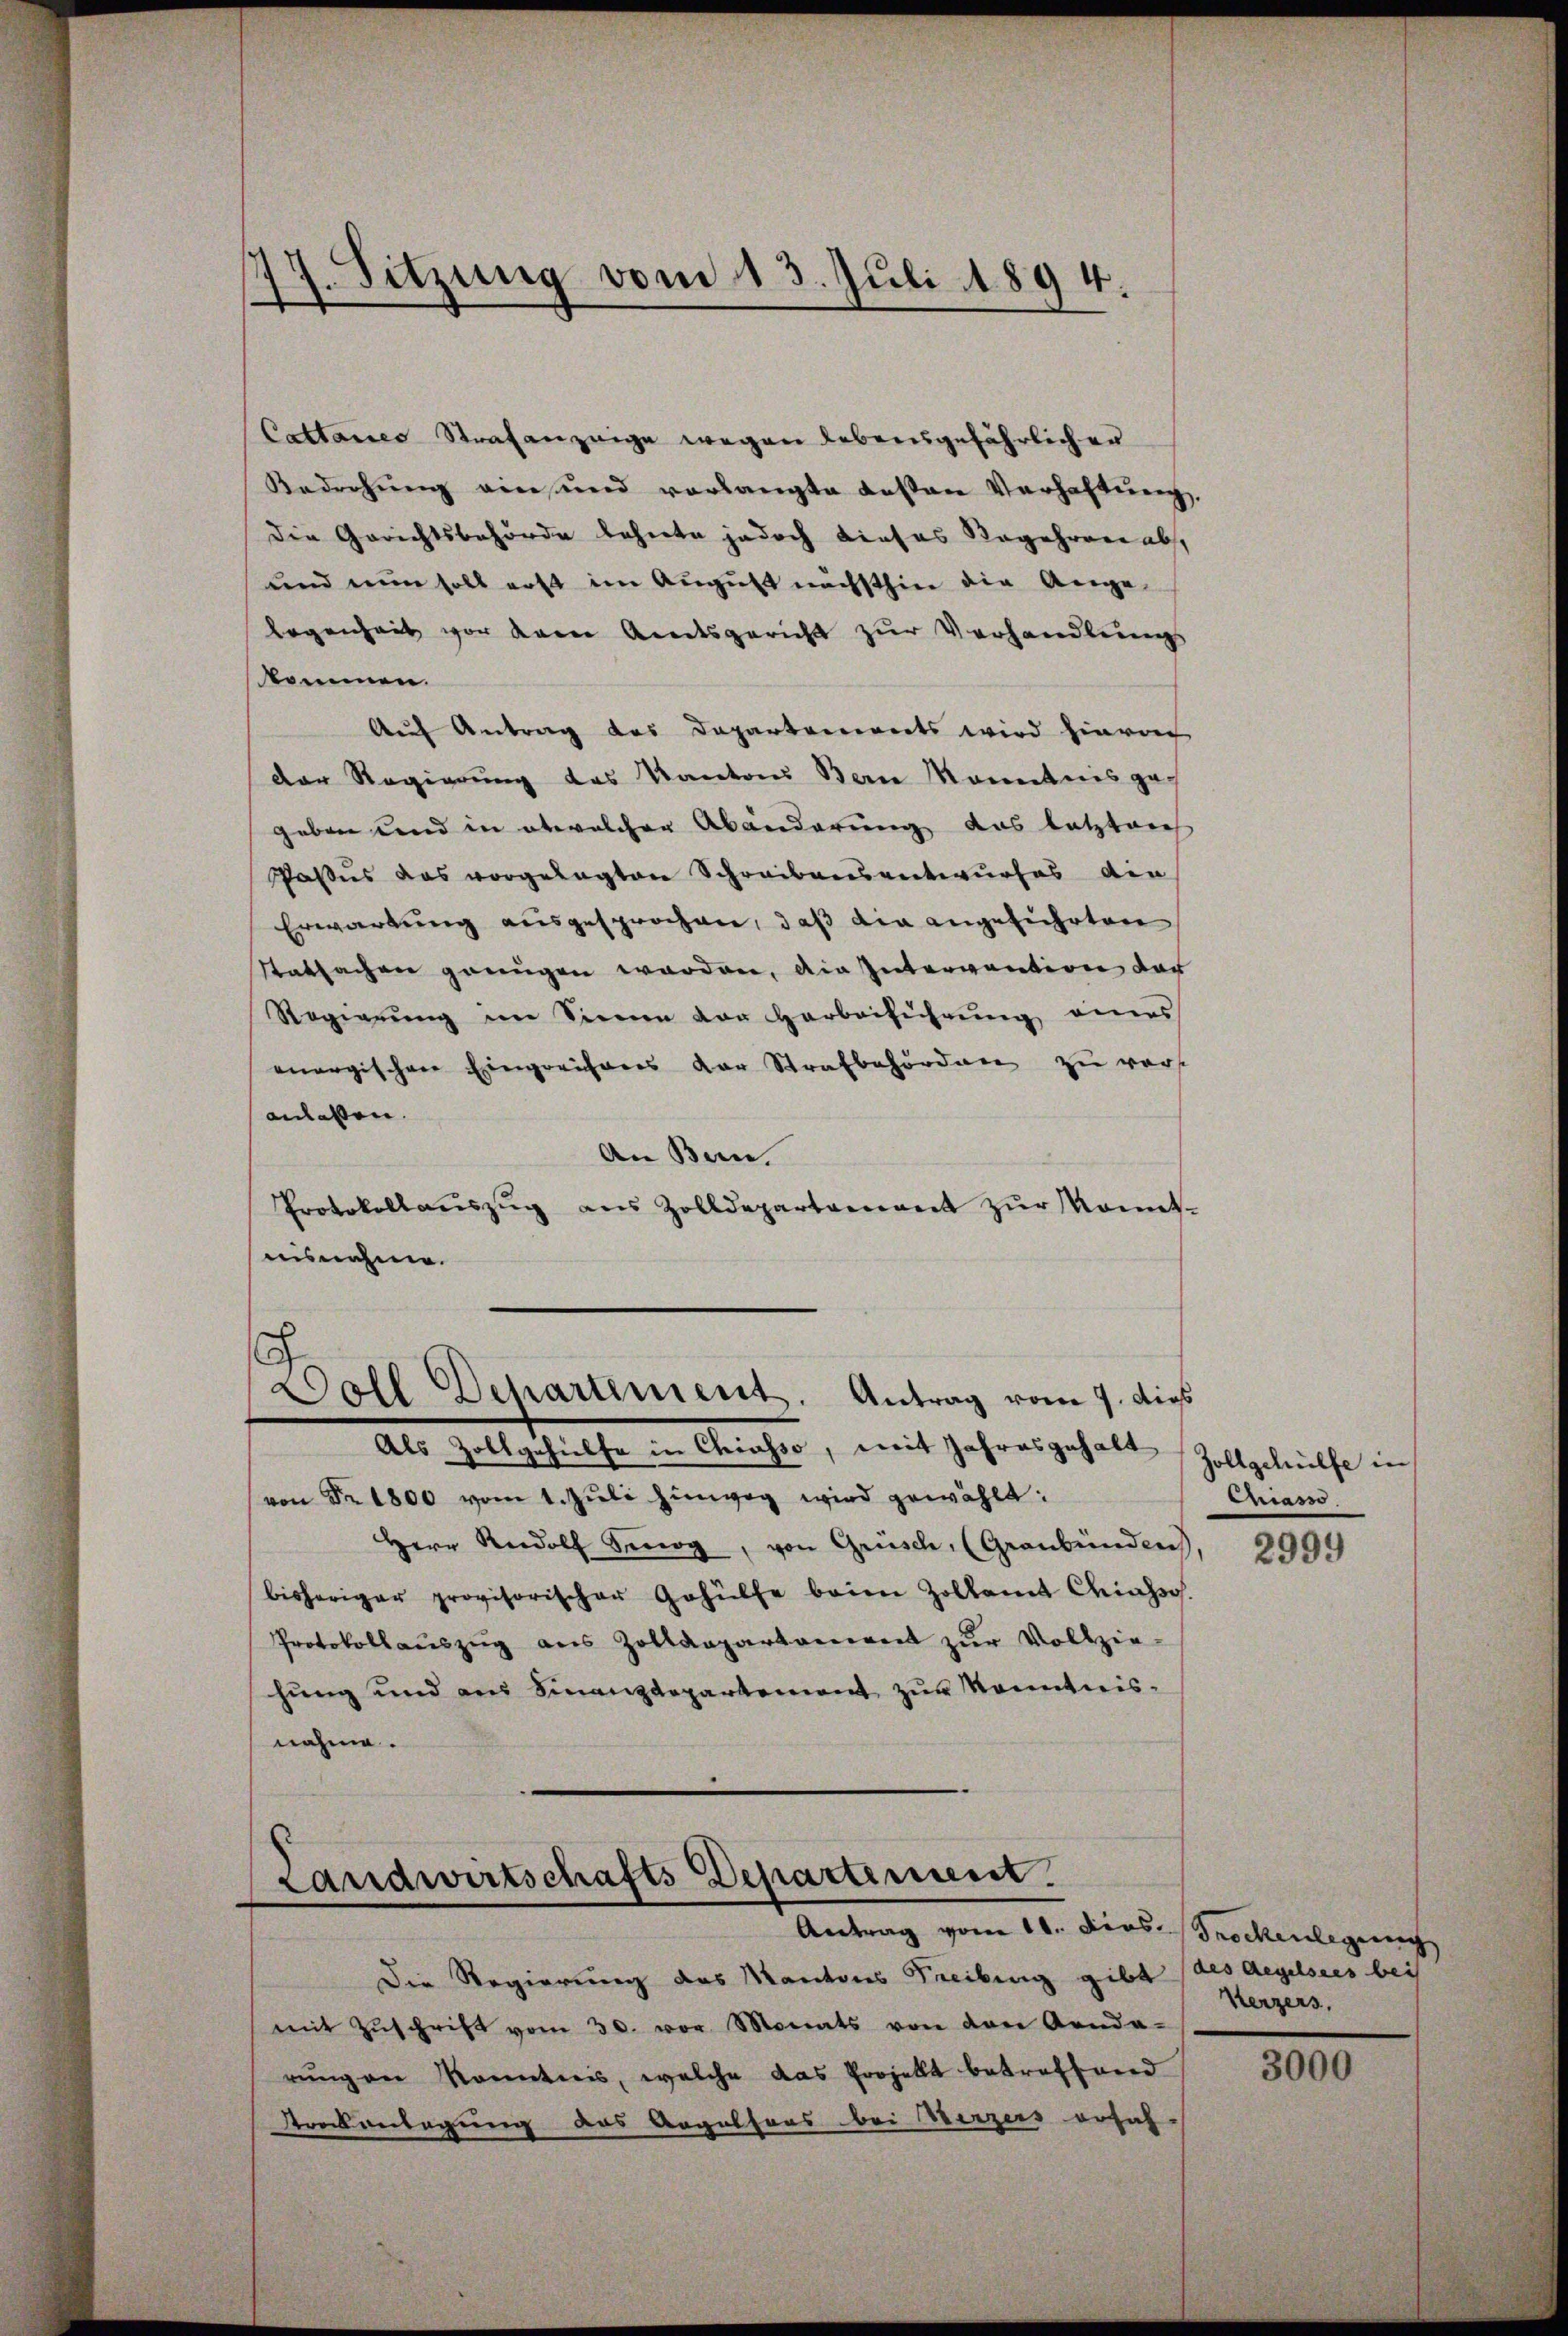
J. Sitzung vom 13. Juli 1894.

Cattanes Strafanzeige wegen lebensgefährlicher
Bedrohŭng ein und vorlangte dessen Verhaftung,
Die Gerichtsbehörde beheite jedoch dieses Regehren ab,
und nun soll erst im August nächsthin die Ange-
legenheit vor dem Amtsgericht zur Verhandlungs
skommen.
Auf Antrag des Departenwerts wird hiera
der Regierung des Kantons Bern Mannetenes ge-
geben und in etwelcher Abänderung das letzten
Pasus das vorgelegten Schreibensentwurfes die
Erwartung ausgesprochen, daß die angeführten
Tatsachen grungen worden, die Intervention der
Regierŭng im Sinnen der Herbeiführŭng eines
mnergischen Eingreichners der Strafbehörden zu vers
anlassen.
An Bern.
Protokollaŭszŭg aŭs Zolldepartement zŭr Kont-
aisnahme.

Doll Departement. Antrag vom 7. dies

Als Zollgehülfe in Chiasso, mit Jahresgehalt (Zollgehülfe in
von Fr. 1800 vom 1. Jŭli hinweg wird gewählt:
Herr Rudolf Senog, von Grüsch, (Graubünden
bisheriger provisorischer Gehülfe beim Zollamt Chiassos.
Protokollaŭszŭg aŭs Zolldepartament zŭr Vollzie-
hung und aus Finanzdepartement zur Kenntnisnahme.

Landwirtschafts Departement.
Antrag vom 11. Dies Grockenlegung

Die Regierung des Kantons Freibung gibt des Regelsees bei
mit Zŭschrift vom 30. vor Monats von den Genda-
rŭng an Kenntnis, welche das Projellt betreffend
Streckenlagung das Angelhaus bei Herzers erfah-

Chiasso

2999

Kerzers,

3000